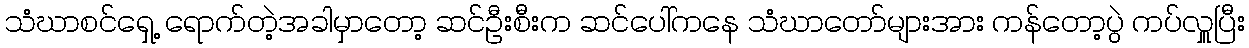
သံဃာစင်ရှေ့ ရောက်တဲ့အခါမှာတော့ ဆင်ဦးစီးက ဆင်ပေါ်ကနေ သံဃာတော်များအား ကန်တော့ပွဲ ကပ်လှူပြီး